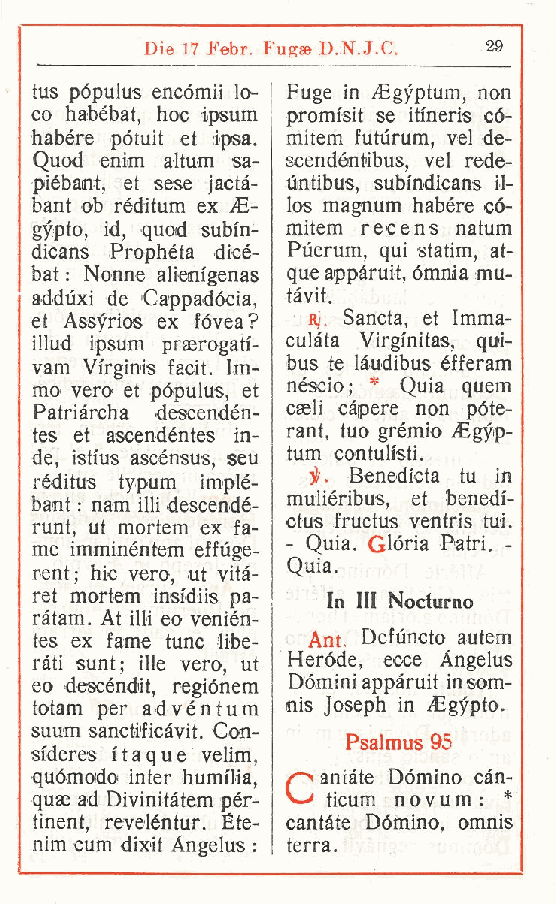
Die 17 Febr. Fugse D.N.J.C. 29
 tus pópulus encómii lo- Fuge in /Egyptum non
 ,
 co habébat, hoc ipsum promi'sit se iti'neris co-
 habére potuit et ipsa. mitem futurum, vel de-
 Quod enim altum sa- scendénìbus, vel rede-
 piébamt, et sese jactà- untibus, subi'ndicans il-
 bant ob réditum ex E- los magnum habére có-
 gypto, id, quod subfn- mitem recens natum
 dicans Prophéta dicé- Puerum, qui statim at-
 ,
 bat : Nonne aliemigenas que appàruit, ómnia mu-
 adduxi de Cappadócia, tàvit.
 et Assyrios ex fòvea? Bj. Sancta, et Imma-
 illud ipsum praerogati- culata Virgi'nitas, qui-
 vam Virginis facit. Im- bus te làudibus éfferam
 mo vero et pópulus et néscio; * Quia quem
 Patriàrcha descend, én- cseli capere non póte-
 tes et ascendéntes in- rant, tuo grémio Egyp-
 de, isti'us ascénsus seu tum contuh'sti.
 ,        Benedicta tu in
 réditus typum implé-
 muliéribus, et benedi-
 bmt : nam illi descendé-
 ctus fructus ventris tui.
 runt, ut mortem ex fa-
 Quia. Glòria Patri. -
 me imminéntem effuge- -
 Quia.
 rent; hic vero ut vità-
 ,
 ret mortem insi'diis pa- In III Noclurno
 ràtam. At UH eo venién-
 tes ex fame tunc libe- Ant. Defùncto autem
 ràti sunt; ille vero ut Heróde, ecce Angelus
 eo descéndit región, em Dòmini appàruit insom-
 totam per a, dvéntum nis Joseph in gypto.
 suum sanctificàvit. Con-
 Psalmus 95
 sfderes itaque velim,
 quòmodo inter hurmlia, /"> amate Dòmino càn-
 quae ad Divinitàtem pér- > ticum n o v u m : *
 tinent reveléntur. Ete- cantate Dòmino, omnis
 ,
 nim cum dixit Angelus : terra.
 t